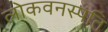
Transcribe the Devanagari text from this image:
लोकवनस्पति